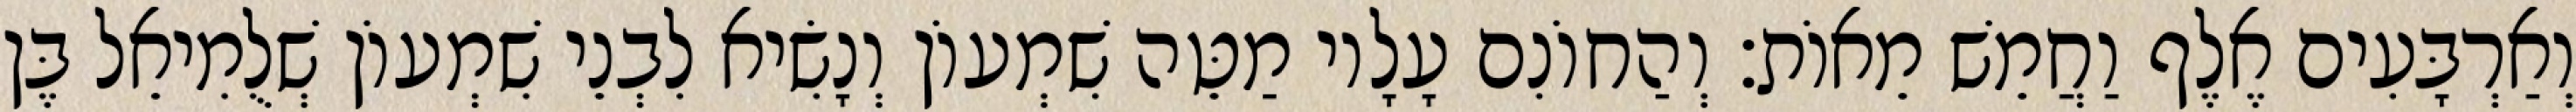
וְאַרְבָּעִים אֶלֶף וַחֲמֵשׁ מֵאוֹת׃ וְהַחוֹנִם עָלָיו מַטֵּה שִׁמְעוֹן וְנָשִׂיא לִבְנֵי שִׁמְעוֹן שְׁלֻמִיאֵל בֶּן